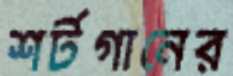
শর্টগানের